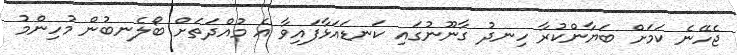
ޖެހޭނެ ކަމަށް ބަޔާންކުރާ ހިނދު ގާނޫނުގައި ކަނޑައަޅާފައިވާ އެ މުއްދަތަށް ބޯލެނބުން މުހިންމު